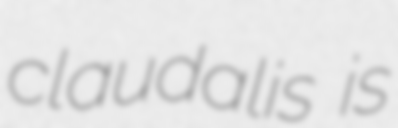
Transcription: claudalis is